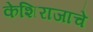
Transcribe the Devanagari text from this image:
केशिराजाचे